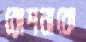
রোশনাকে